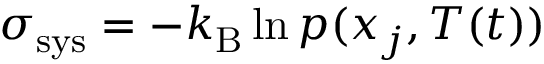
\sigma _ { \mathrm { s y s } } = - k _ { \mathrm { B } } \ln p ( x _ { j } , T ( t ) )